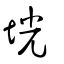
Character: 垙